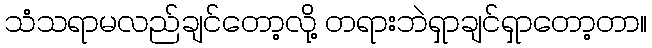
သံသရာမလည်ချင်တော့လို့ တရားဘဲရှာချင်ရှာတော့တာ။